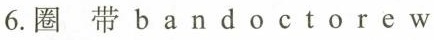
6.圈 带 b a n d o c t o r e w